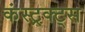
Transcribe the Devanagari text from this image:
कंस्ट्रक्ट्स